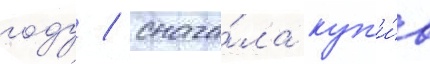
году / снача́ла куп'и́в